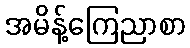
အမိန့်ကြေညာစာ